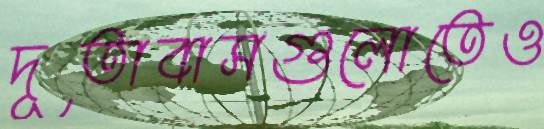
দূতাবাসগুলোতেও